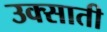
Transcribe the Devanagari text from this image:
उक्साती